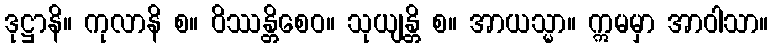
ဒုဋ္ဌာနိ။ ကုလာနိ စ။ ဝိဿန္တိစေဝ။ သုယျန္တိ စ။ အာယသ္မာ။ ဣမမှာ အာဝါသာ။